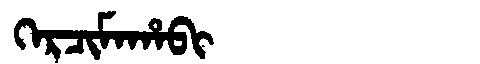
Manchu: ᡴᡝᡵᠴᡳᠮᠠᡥᠠᠪᡳ
Romanization: KERCIMAHABI